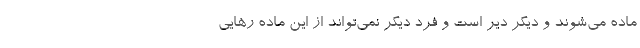
ماده می‌شوند و دیگر دیر است و فرد دیگر نمی‌تواند از این ماده رهایی